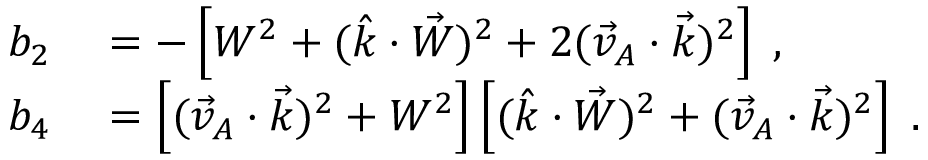
\begin{array} { r l } { b _ { 2 } } & { { } = - \left[ W ^ { 2 } + ( \hat { k } \cdot \vec { W } ) ^ { 2 } + 2 ( \vec { v } _ { A } \cdot \vec { k } ) ^ { 2 } \right] \; , } \\ { b _ { 4 } } & { { } = \left[ ( \vec { v } _ { A } \cdot \vec { k } ) ^ { 2 } + W ^ { 2 } \right] \left[ ( \hat { k } \cdot \vec { W } ) ^ { 2 } + ( \vec { v } _ { A } \cdot \vec { k } ) ^ { 2 } \right] \; . } \end{array}